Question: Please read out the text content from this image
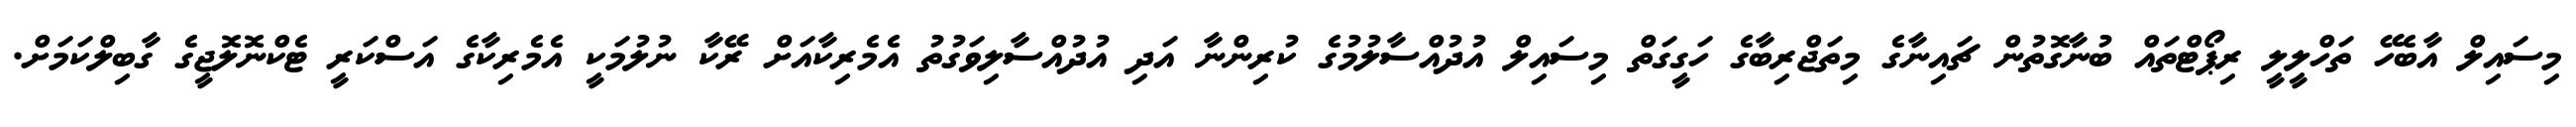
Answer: މިސައިލް އާބެހޭ ތަހްލީލީ ރިޕޯޓްތައް ބުނާގޮތުން ޗައިނާގެ މިތަޖްރިބާގެ ހަގީގަތް މިސައިލް އުދުއްސާލުމުގެ ކުރިންނާ އަދި އުދުއްސާލިވަގުތު އެމެރިކާއަށް ރޭކާ ނުލުމަކީ އެމެރިކާގެ އަސްކަރީ ޓެކްނޮލޮޖީގެ ގާބިލްކަމަށް.